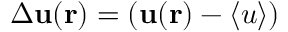
\Delta { \mathbf u } ( { \mathbf r } ) = ( { \mathbf u } ( { \mathbf r } ) - \langle u \rangle )